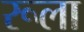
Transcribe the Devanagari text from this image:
रूला